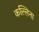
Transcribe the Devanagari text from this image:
कल्लिना